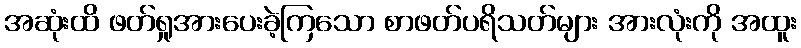
အဆုံးထိ ဖတ်ရှုအားပေးခဲ့ကြသော စာဖတ်ပရိသတ်များ အားလုံးကို အထူး